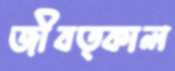
জীবত্কাল